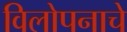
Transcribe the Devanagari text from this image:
विलोपनाचे